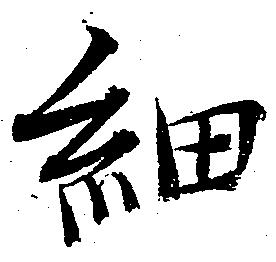
細